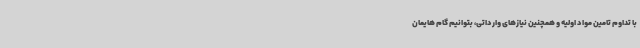
با تداوم تامین مواد اولیه و همچنین نیازهای وارداتی، بتوانیم گام هایمان